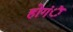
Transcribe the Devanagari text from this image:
होगंें